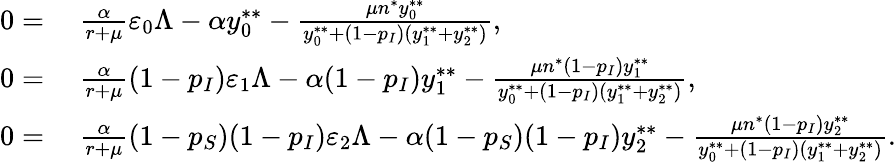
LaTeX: \begin{array}{rl}{0=}&{~\frac{\alpha}{r+\mu}\varepsilon_{0}\Lambda-\alpha y_{0}^{**}-\frac{\mu n^{*}y_{0}^{**}}{y_{0}^{**}+(1-p_{I})(y_{1}^{**}+y_{2}^{**})},}\\ {0=}&{~\frac{\alpha}{r+\mu}(1-p_{I})\varepsilon_{1}\Lambda-\alpha(1-p_{I})y_{1}^{**}-\frac{\mu n^{*}(1-p_{I})y_{1}^{**}}{y_{0}^{**}+(1-p_{I})(y_{1}^{**}+y_{2}^{**})},}\\ {0=}&{~\frac{\alpha}{r+\mu}(1-p_{S})(1-p_{I})\varepsilon_{2}\Lambda-\alpha(1-p_{S})(1-p_{I})y_{2}^{**}-\frac{\mu n^{*}(1-p_{I})y_{2}^{**}}{y_{0}^{**}+(1-p_{I})(y_{1}^{**}+y_{2}^{**})}.}\end{array}